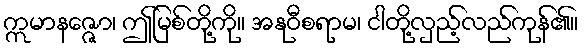
ဣမာနဇ္ဇော၊ ဤမြစ်တို့ကို။ အနုဝီစရာမ၊ ငါတို့လှည့်လည်ကုန်၏။